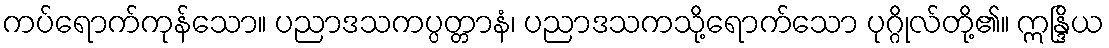
ကပ်ရောက်ကုန်သော။ ပညာဒသကပ္ပတ္တာနံ၊ ပညာဒသကသို့ရောက်သော ပုဂ္ဂိုလ်တို့၏။ ဣန္ဒြိယ